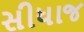
સીધાજ